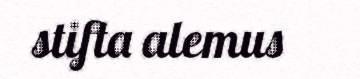
stifta alemus